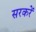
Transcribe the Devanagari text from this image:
सरकरें